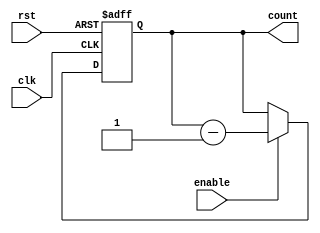
module BinaryDownCounter (
  input wire clk,
  input wire rst,
  input wire enable,
  output reg [N-1:0] count
);

parameter N = 4; // Determine the bit width of the counter

always @ (posedge clk or posedge rst)
begin
  if (rst)
    count <= {N{1'b0}}; // Reset the counter to all zeros
  else if (enable)
    count <= count - 1; // Decrement the counter value if enabled
end

endmodule